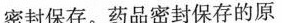
密封保存。药品密封保存的原